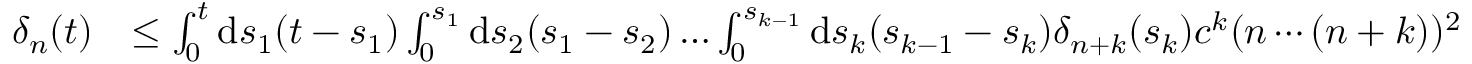
\begin{array} { r l } { \delta _ { n } ( t ) } & { \leq \int _ { 0 } ^ { t } \mathrm { d } s _ { 1 } ( t - s _ { 1 } ) \int _ { 0 } ^ { s _ { 1 } } \mathrm { d } s _ { 2 } ( s _ { 1 } - s _ { 2 } ) \dots \int _ { 0 } ^ { s _ { k - 1 } } \mathrm { d } s _ { k } ( s _ { k - 1 } - s _ { k } ) \delta _ { n + k } ( s _ { k } ) c ^ { k } ( n \cdots ( n + k ) ) ^ { 2 } } \end{array}